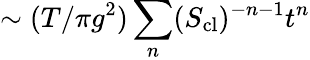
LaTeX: \sim(T/\pi g^{2})\sum_{n}(S_{\mathrm{cl}})^{-n-1}t^{n}